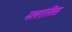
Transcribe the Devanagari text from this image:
मलएंसिस